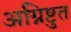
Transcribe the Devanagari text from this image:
अग्निष्टुत